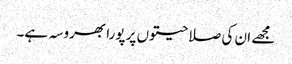
مجھے ان کی صلاحیتوں پر پورا بھروسہ ہے۔